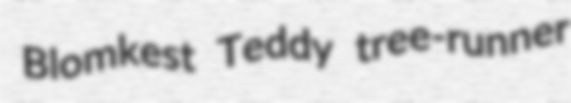
Blomkest Teddy tree-runner